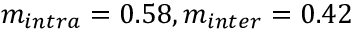
m _ { i n t r a } = 0 . 5 8 , m _ { i n t e r } = 0 . 4 2